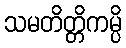
သမတိတ္တိကမ္ပိ